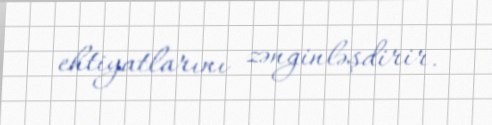
ehtiyatlarını zənginləşdirir.